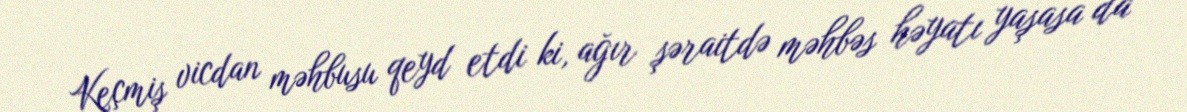
Keçmiş vicdan məhbusu qeyd etdi ki, ağır şəraitdə məhbəs həyatı yaşasa da